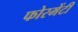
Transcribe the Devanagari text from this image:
फोरमेंटी